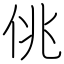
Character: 佻